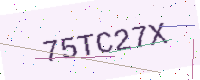
Text: 75TC27X